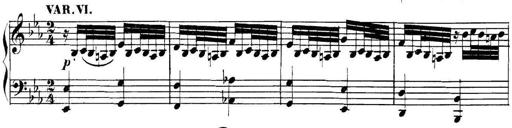
Title: Collected Piano Sonatas
Composer: Muzio Clementi